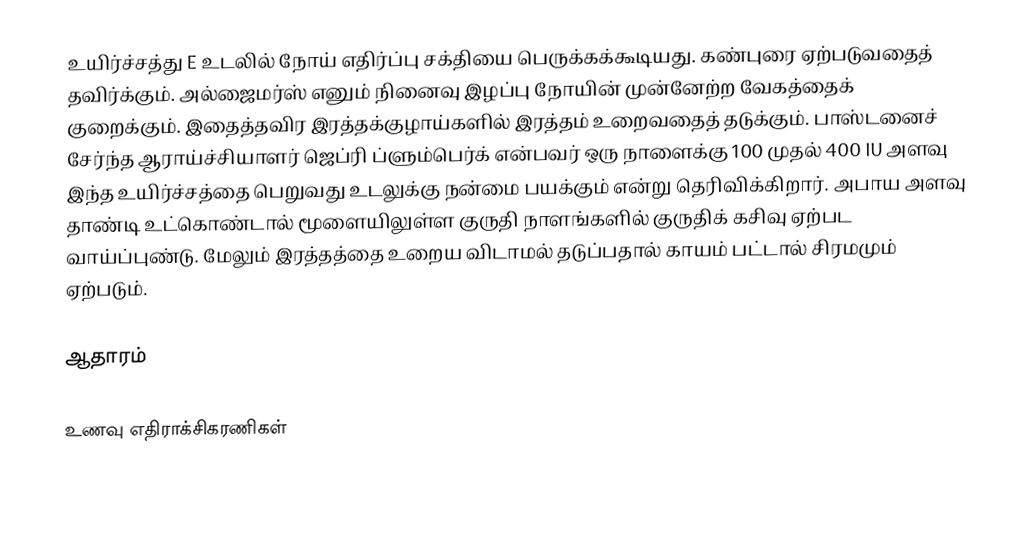
உயிர்ச்சத்து E உடலில் நோய் எதிர்ப்பு சக்தியை பெருக்கக்கூடியது. கண்புரை ஏற்படுவதைத் தவிர்க்கும். அல்ஜைமர்ஸ் எனும் நினைவு இழப்பு நோயின் முன்னேற்ற வேகத்தைக் குறைக்கும். இதைத்தவிர இரத்தக்குழாய்களில் இரத்தம் உறைவதைத் தடுக்கும். பாஸ்டனைச் சேர்ந்த ஆராய்ச்சியாளர் ஜெப்ரி ப்ளும்பெர்க் என்பவர் ஒரு நாளைக்கு 100 முதல் 400 IU அளவு இந்த உயிர்ச்சத்தை பெறுவது உடலுக்கு நன்மை பயக்கும் என்று தெரிவிக்கிறார். அபாய அளவு தாண்டி உட்கொண்டால் மூளையிலுள்ள குருதி நாளங்களில் குருதிக் கசிவு ஏற்பட வாய்ப்புண்டு. மேலும் இரத்தத்தை உறைய விடாமல் தடுப்பதால் காயம் பட்டால் சிரமமும் ஏற்படும்.

ஆதாரம்

உணவு எதிராக்சிகரணிகள்